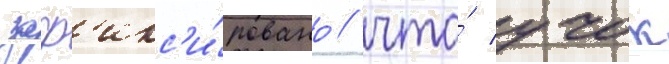
заф'икс'и́ровано / что́ учок